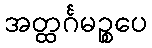
အတ္ထင်္ဂမဉ္စပေ